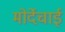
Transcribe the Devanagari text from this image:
मोर्देचाई